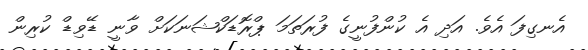
އެނގިފަ އެވެ. އަދި އެ ކުންފުނީގެ ފުރަތަމަ ޕްރޮޑަކްޝަނަކަށް ވާނީ ޑޭވިޑް ކުރިން